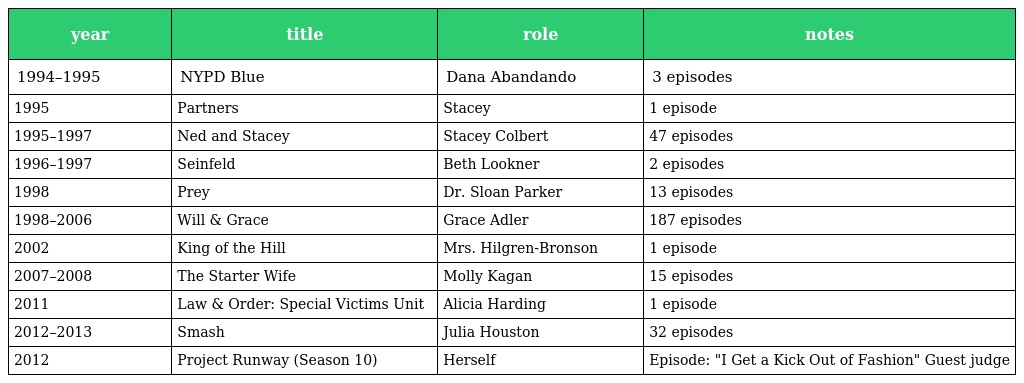
| year | title | role | notes |
 | --- | --- | --- | --- |
 | 1994–1995 | NYPD Blue | Dana Abandando | 3 episodes |
 | 1995 | Partners | Stacey | 1 episode |
 | 1995–1997 | Ned and Stacey | Stacey Colbert | 47 episodes |
 | 1996–1997 | Seinfeld | Beth Lookner | 2 episodes |
 | 1998 | Prey | Dr. Sloan Parker | 13 episodes |
 | 1998–2006 | Will & Grace | Grace Adler | 187 episodes |
 | 2002 | King of the Hill | Mrs. Hilgren-Bronson | 1 episode |
 | 2007–2008 | The Starter Wife | Molly Kagan | 15 episodes |
 | 2011 | Law & Order: Special Victims Unit | Alicia Harding | 1 episode |
 | 2012–2013 | Smash | Julia Houston | 32 episodes |
 | 2012 | Project Runway (Season 10) | Herself | Episode: "I Get a Kick Out of Fashion" Guest judge |